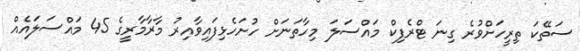
ސަތޭކަ ތިރީހަށްވުރެ ގިނަ ޓްރެފިކް މައްސަލަ މިހާތަނަށް ހުށަހެޅިފައިވާއިރު މާރާމާރީގެ 45 މައްސަލައެއް